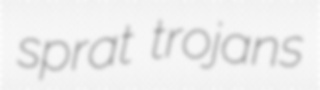
sprat trojans